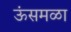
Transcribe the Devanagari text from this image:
ऊंसमळा